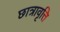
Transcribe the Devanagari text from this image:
छात्रावृत्ति